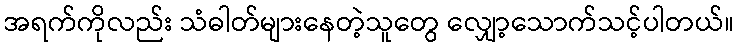
အရက်ကိုလည်း သံဓါတ်များနေတဲ့သူတွေ လျှော့သောက်သင့်ပါတယ်။